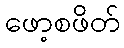
ဖော့စဖိတ်